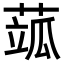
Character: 𦶍